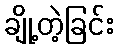
ချို့တဲ့ခြင်း